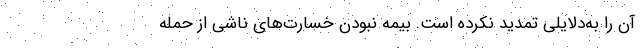
آن را به‌دلایلی تمدید نکرده است. بیمه نبودن خسارت‌های ناشی از حمله